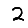
Digit: 2